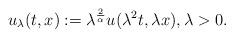
LaTeX: \begin{align*} u_\lambda(t,x):=\lambda^{\frac{2}{\alpha}} u(\lambda^2 t, \lambda x), \lambda>0.\end{align*}